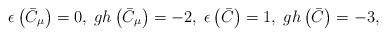
LaTeX: \begin{align*}\epsilon \left( \bar{C}_{\mu }\right) =0,\;gh\left( \bar{C}_{\mu }\right)=-2,\;\epsilon \left( \bar{C}\right) =1,\;gh\left( \bar{C}\right) =-3,\end{align*}